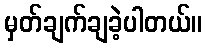
မှတ်ချက်ချခဲ့ပါတယ်။